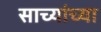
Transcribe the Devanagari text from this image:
साच्यांच्या